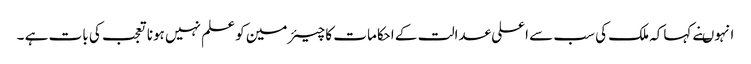
انہوںنے کہاکہ ملک کی سب سے اعلی عدالت کے احکامات کا چیئرمین کو علم نہیں ہونا تعجب کی بات ہے ۔